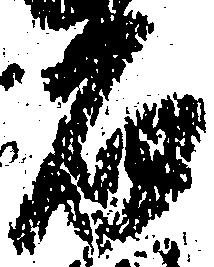
石